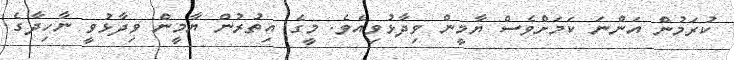
ކުރަމުން އަންނަ ކަމަށްވެސް ޔާމީން ވިދާޅުވިއެވެ. މީގެ އިތުރުން ޔާމީން ވިދާޅުވީ ނާހިދާގެ